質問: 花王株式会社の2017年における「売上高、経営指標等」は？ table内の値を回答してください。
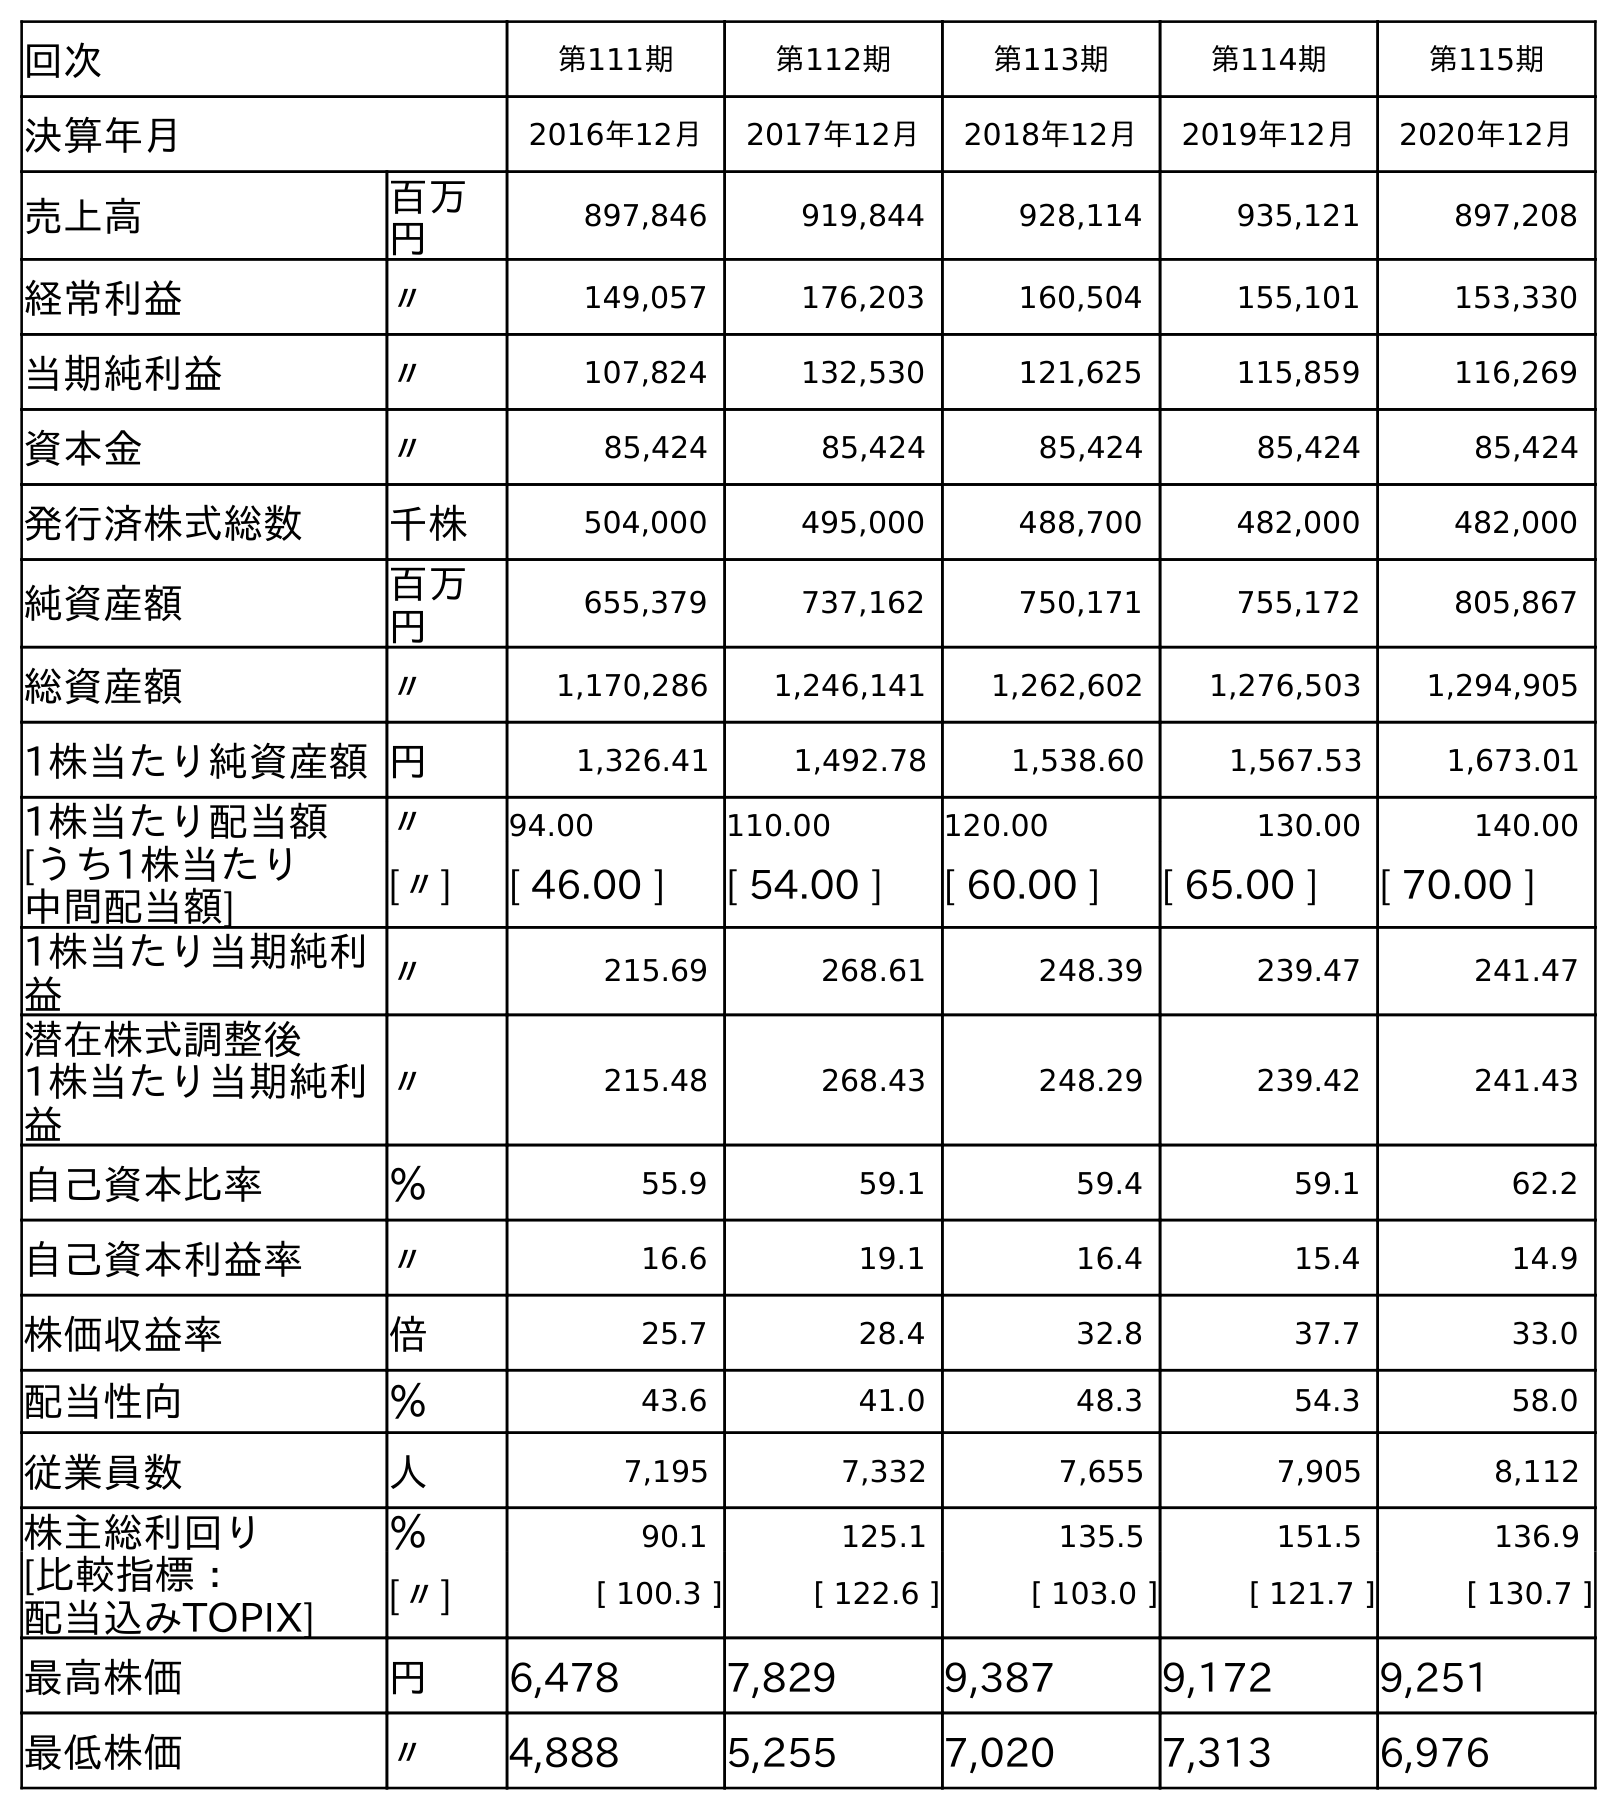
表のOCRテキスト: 回次 第111期 第112期 第113期 第114期 第115期 決算年月 2016年12月 2017年12月 2018年12月 2019年12月 2020年12月 売上高 百万 円 897,846 919,844 928,114 935,121 897,208 経常利益 〃 149,057 176,203 160,504 155,101 153,330 当期純利益 〃 107,824 132,530 121,625 115,859 116,269 資本金 〃 85,424 85,424 85,424 85,424 85,424 発行済株式総数 千株 504,000 495,000 488,700 482,000 482,000 純資産額 百万 円 655,379 737,162 750,171 755,172 805,867 総資産額 〃 1,170,286 1,246,141 1,262,602 1,276,503 1,294,905 1株当たり純資産額円 1,326.41 1,492.78 1,538.60 1,567.53 1,673.01 1株当たり配当額 〃 94.00 110.00 120.00 130.00 140.00 [うち1株当たり 中間配当額] [〃] [ 46.00 ] [ 54.00 ] [ 60.00 ] [ 65.00 ] [ 70.00 ] 1株当たり当期純利 益 〃 215.69 268.61 248.39 239.47 241.47 潜在株式調整後 1株当たり当期純利 益 〃 215.48 268.43 248.29 239.42 241.43 自己資本比率 ％ 55.9 59.1 59.4 59.1 62.2 自己資本利益率 〃 16.6 19.1 16.4 15.4 14.9 株価収益率 倍 25.7 28.4 32.8 37.7 33.0 配当性向 ％ 43.6 41.0 48.3 54.3 58.0 従業員数 人 7,195 7,332 7,655 7,905 8,112 株主総利回り ％ 90.1 125.1 135.5 151.5 136.9 [比較指標： 配当込みTOPIX] [〃] [ 100.3 ] [ 122.6 ] [ 103.0 ] [ 121.7 ] [ 130.7 ] 最高株価 円 6,478 7,829 9,387 9,172 9,251 最低株価 〃 4,888 5,255 7,020 7,313 6,976
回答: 919,844